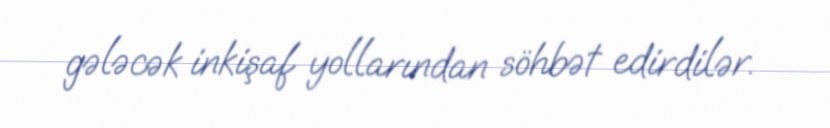
gələcək inkişaf yollarından söhbət edirdilər.